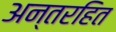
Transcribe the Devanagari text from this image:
अन्तरहित